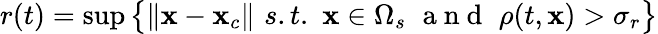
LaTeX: r(t)=\operatorname*{sup}\big\{ \lVert\mathbf{x}-\mathbf{x}_{c}\rVert\, \, s.t.\, \, \mathbf{x}\in\Omega_{s}\, \, \mathrm{~a~n~d~}\, \, \rho(t,\mathbf{x})>\sigma_{r}\big\}